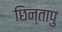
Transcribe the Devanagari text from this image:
छिन्तापु